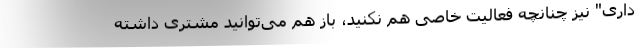
داری" نیز چنانچه فعالیت خاصی هم نکنید، باز هم می‌توانید مشتری داشته